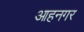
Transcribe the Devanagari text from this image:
आहनगर